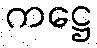
ကဋ္ဌေ